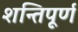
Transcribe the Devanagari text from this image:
शन्तिपूर्ण